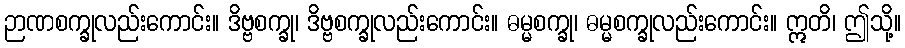
ဉာဏစက္ခုလည်းကောင်း။ ဒိဗ္ဗစက္ခု၊ ဒိဗ္ဗစက္ခုလည်းကောင်း။ ဓမ္မစက္ခု၊ ဓမ္မစက္ခုလည်းကောင်း။ ဣတိ၊ ဤသို့။